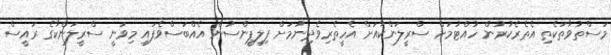
މަސްތުވާތަކެތި އެތެރެކުރުން ހުއްޓުމަށް ސްރީލަންކާއަށް އެހީތެރިވެދިނުމަށް ފިލިޕީންސުން އެއްބަސްވެފައި މިވަނީ ސްރީލަންކާގެ ރައީސް